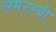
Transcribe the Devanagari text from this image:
समरस्बी